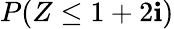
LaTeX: P(Z\leq1+2\mathbf{i})